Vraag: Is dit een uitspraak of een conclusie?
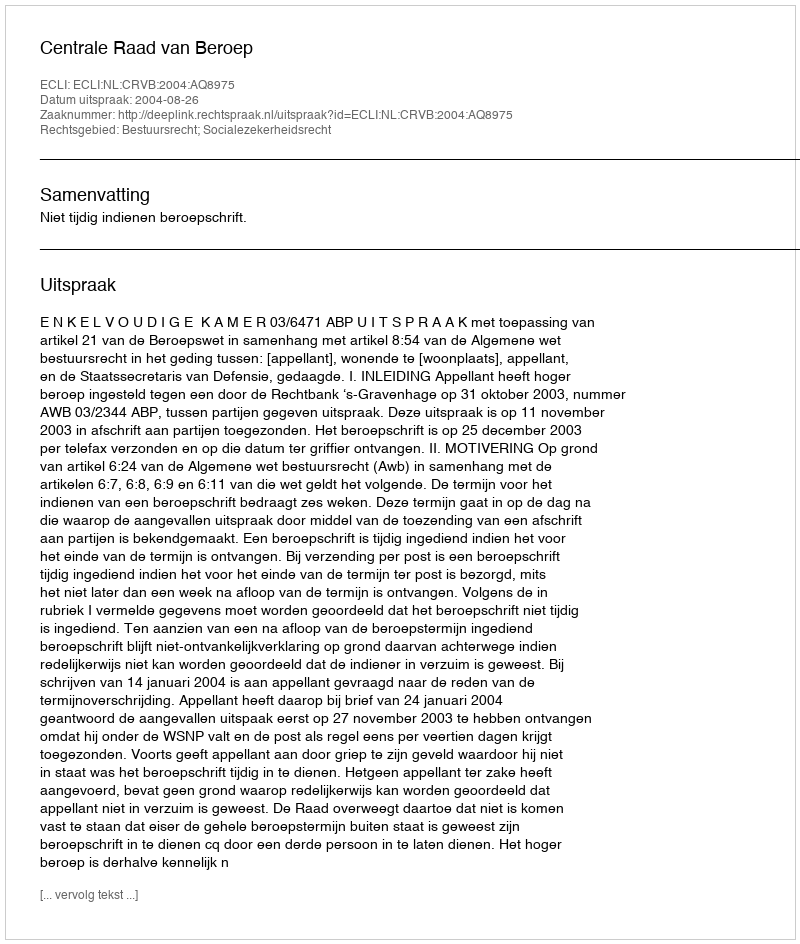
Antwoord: Uitspraak